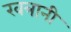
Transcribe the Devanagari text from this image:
खत्रानी